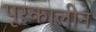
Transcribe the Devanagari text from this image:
पूरकालीन